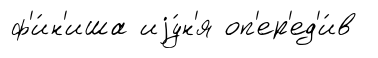
ф'и́н'иша иjу́н'я оп'ер'ед'и́в